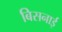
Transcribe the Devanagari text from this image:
बिसनाई